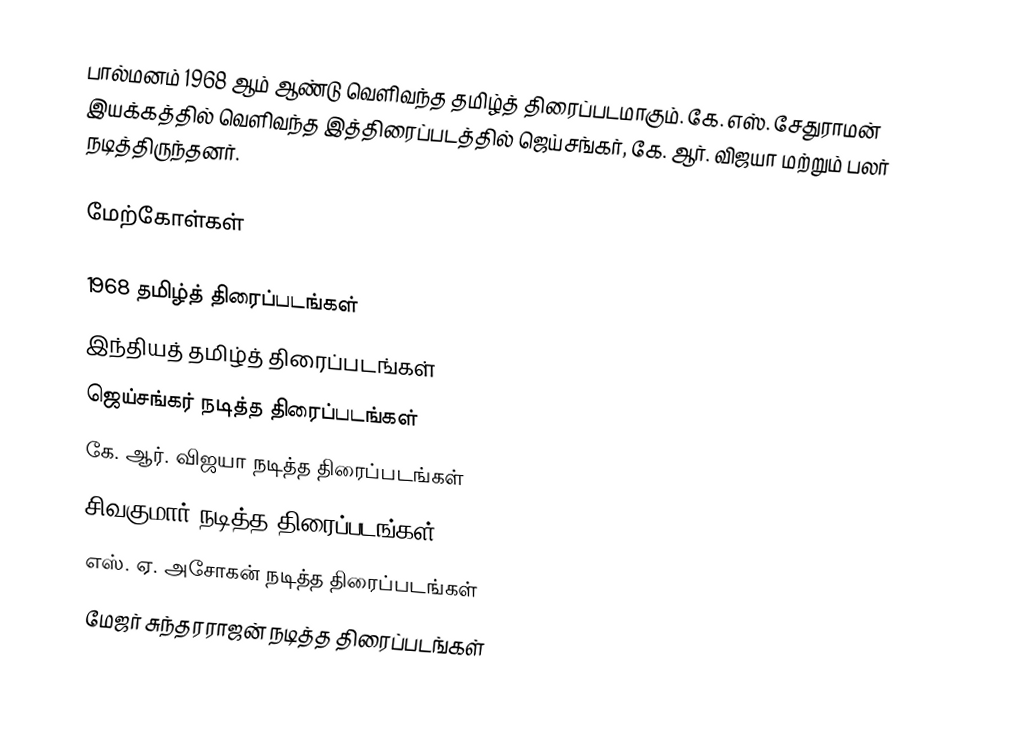
பால்மனம் 1968 ஆம் ஆண்டு வெளிவந்த தமிழ்த் திரைப்படமாகும். கே. எஸ். சேதுராமன் இயக்கத்தில் வெளிவந்த இத்திரைப்படத்தில் ஜெய்சங்கர், கே. ஆர். விஜயா மற்றும் பலர் நடித்திருந்தனர்.

மேற்கோள்கள்

1968 தமிழ்த் திரைப்படங்கள்
இந்தியத் தமிழ்த் திரைப்படங்கள்
ஜெய்சங்கர் நடித்த திரைப்படங்கள்
கே. ஆர். விஜயா நடித்த திரைப்படங்கள்
சிவகுமார் நடித்த திரைப்படங்கள்
எஸ். ஏ. அசோகன் நடித்த திரைப்படங்கள்
மேஜர் சுந்தரராஜன் நடித்த திரைப்படங்கள்